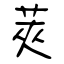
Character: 莢